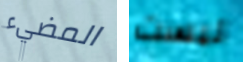
المضيء ليست